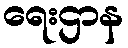
ရေးဌာန